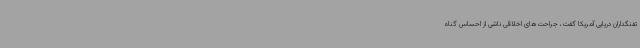
تفنگداران دریایی آمریکا گفت، جراحت‌های اخلاقی ناشی از احساس گناه